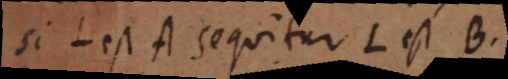
si L est A sequitur L est B.